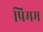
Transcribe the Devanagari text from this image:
प्रिमम